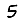
Digit: 5